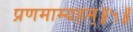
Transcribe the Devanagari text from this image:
प्रणमाम्यहम्॥५॥